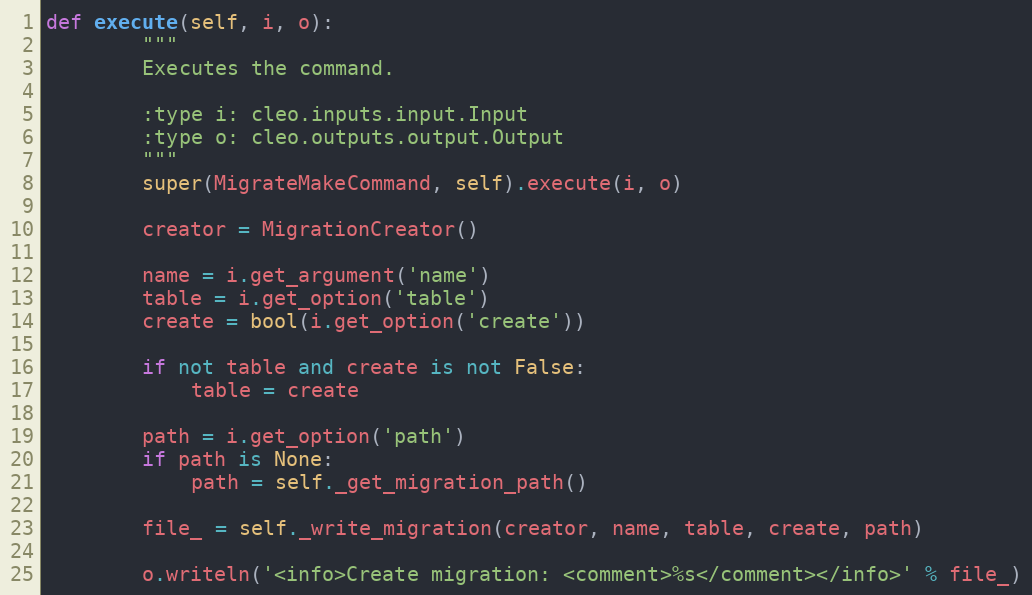
Language: Python
def execute(self, i, o):
        """
        Executes the command.

        :type i: cleo.inputs.input.Input
        :type o: cleo.outputs.output.Output
        """
        super(MigrateMakeCommand, self).execute(i, o)

        creator = MigrationCreator()

        name = i.get_argument('name')
        table = i.get_option('table')
        create = bool(i.get_option('create'))

        if not table and create is not False:
            table = create

        path = i.get_option('path')
        if path is None:
            path = self._get_migration_path()

        file_ = self._write_migration(creator, name, table, create, path)

        o.writeln('<info>Create migration: <comment>%s</comment></info>' % file_)